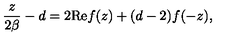
{ \frac { z } { 2 \beta } } - d = 2 \mathrm { R e } f ( z ) + ( d - 2 ) f ( - z ) ,